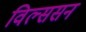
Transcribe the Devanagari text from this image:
विल्ससन